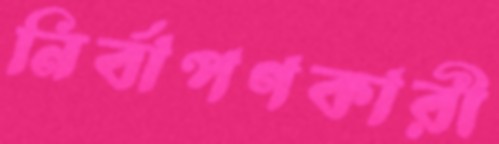
নির্বাপণকারী